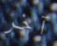
آخر